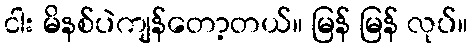
ငါး မိနစ်ပဲကျန်တော့တယ်။ မြန် မြန် လုပ်။